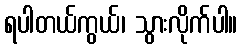
ရပါတယ်ကွယ်၊ သွားလိုက်ပါ။